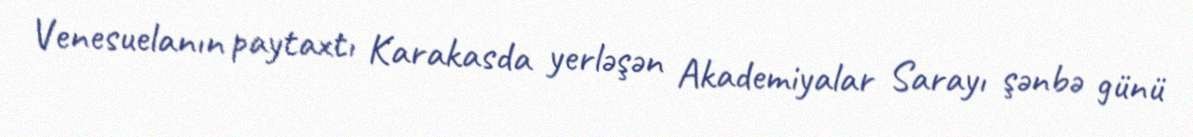
Venesuelanın paytaxtı Karakasda yerləşən Akademiyalar Sarayı şənbə günü